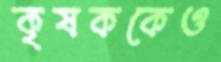
কৃষককেও